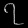
Digit: ၇